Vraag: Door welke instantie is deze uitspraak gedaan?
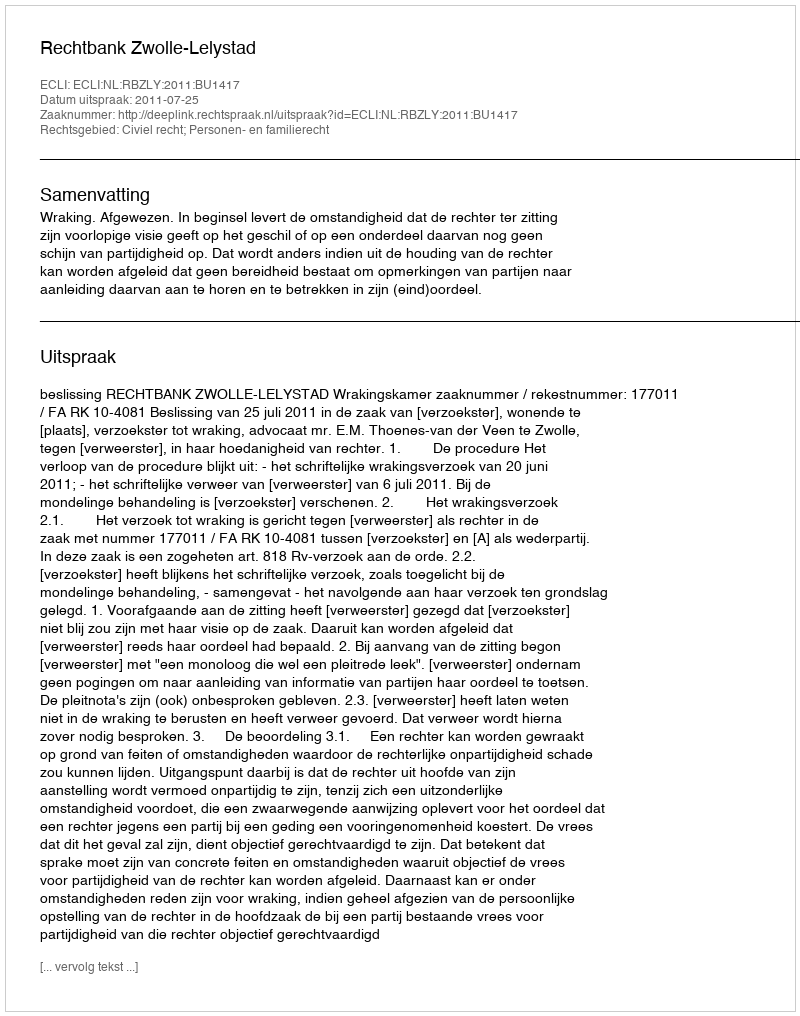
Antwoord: Rechtbank Zwolle-Lelystad